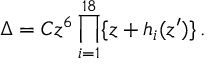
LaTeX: \Delta = C z ^ { 6 } \prod _ { i = 1 } ^ { 1 8 } \{ z + h _ { i } ( z ^ { \prime } ) \} \, .